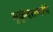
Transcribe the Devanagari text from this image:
मुकुंदराजांचे